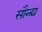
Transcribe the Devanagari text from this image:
सौन्द्र्य